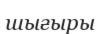
шығыры